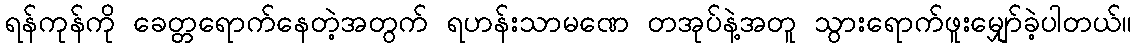
ရန်ကုန်ကို ခေတ္တရောက်နေတဲ့အတွက် ရဟန်းသာမဏေ တအုပ်နဲ့အတူ သွားရောက်ဖူးမျှော်ခဲ့ပါတယ်။